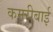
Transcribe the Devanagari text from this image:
कमरीबाई